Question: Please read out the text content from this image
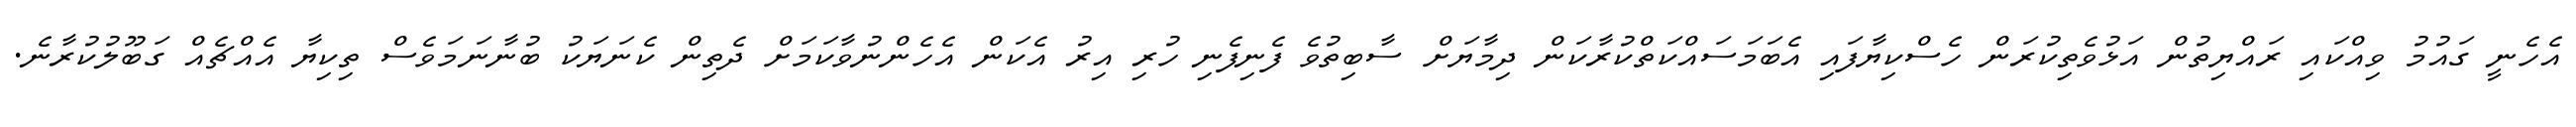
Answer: އެހެނީ ގައުމު ވިއްކައި ރައްޔިތުން އަޅުވެތިކުރަން ހެސްކިޔާފައި އެބަމަސައްކަތްކުރާކަން ދިމާޔަށް ސާބިތުވެ ފެނިފެނި ހުރި އިރު އެކަން އެހެންނުވާކަމަށް ދެތިން ކެނަޔަކު ބުނާނަމަވެސް ތިކިޔާ އެއްޗެއް ގަބޫލުކުރާނެ.